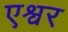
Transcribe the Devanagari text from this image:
एश्वर